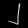
Digit: ၂